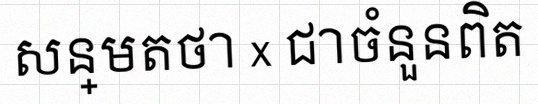
សន្មតថា x ជាចំនួនពិត